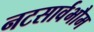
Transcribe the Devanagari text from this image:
नटसार्वभौम